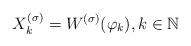
LaTeX: \begin{align*} X_k^{(\sigma)}=W^{(\sigma)}(\varphi_k),k\in\mathbb N\end{align*}